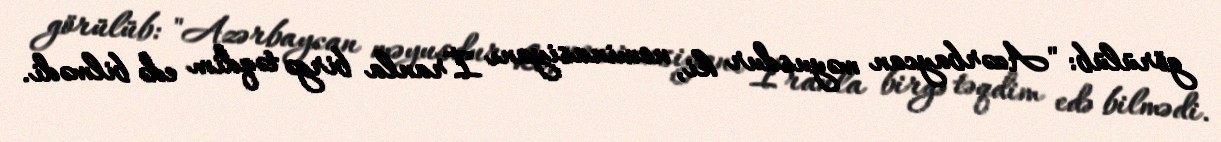
görülüb: "Azərbaycan məyusdur ki, nominasiyanı İranla birgə təqdim edə bilmədi.